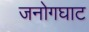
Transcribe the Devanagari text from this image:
जनोगघाट